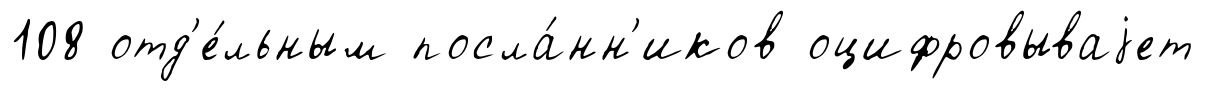
108 отд'е́льным посла́нн'иков оцифровываjет